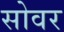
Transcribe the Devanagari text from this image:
सोवर